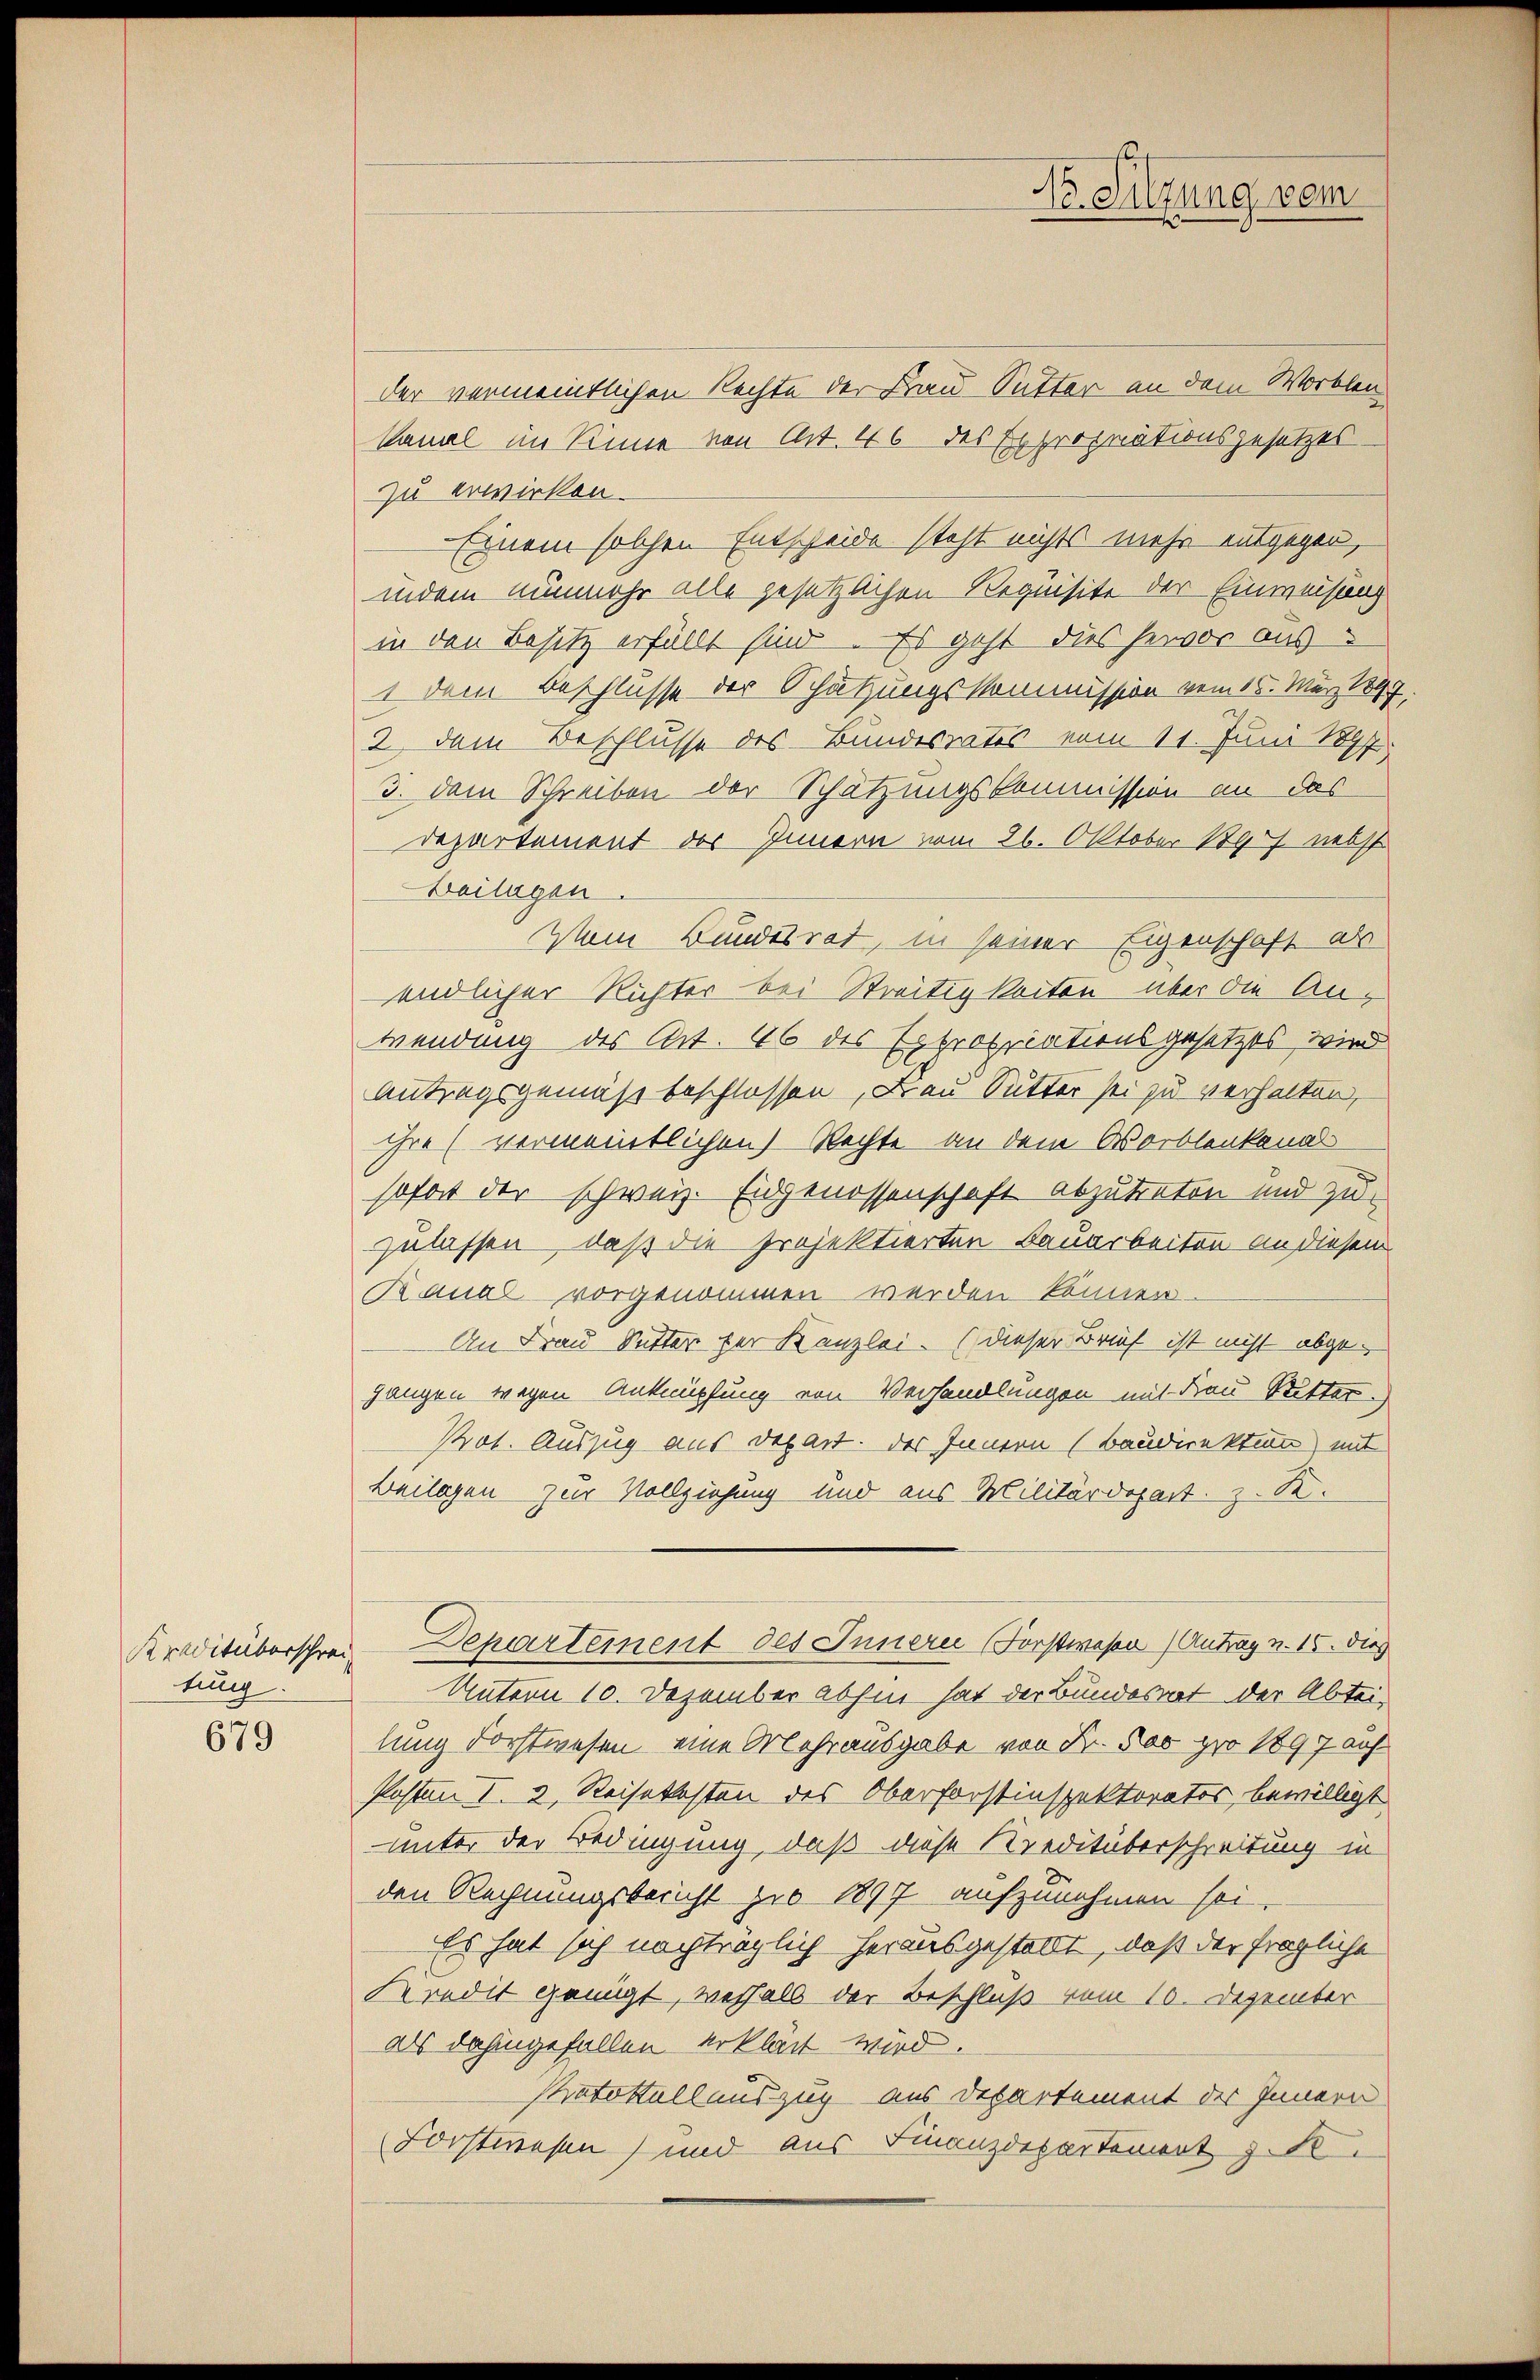
tung

679

der vermeintlichen Rechte der Frau Sutter an dem Worklen
kamel im Sinne von Art. 46 des Expropriationsgesetzes-
zu erwirken.
Einem solchen Entscheide steht nichts mehr entgegen,
indem nunmehr alle gesetzlichen Requisite der Einweisung
in den Besitz erfällt sind. Es geht dies hervor aus
1. Dem Beschlüsse der Schätzungskommission vom 15. März 189
2. dem Beschlusse des Bundesrates vom 11. Juni 1897
3. dem Schreiben der Schätzungskommission an das
Departement des Innern vom 26. Oktober 1897 nebst
Beilagen.
Vom Bundesrat, in seiner Eigenschaft als
endlicher Richter bei Streitigkeiten über die Anwendung des Art. 46 des Expropriationsgesetzes wird
Antragsgemäß beschlossen, Frau Sutter sei zu verhalten,
ihre (vermeintlichen Rechte an dem Worblenkanal
sofort der schweiz. Eidgenossenschaft abzutreten und zuzulassen, daß die projektierten Bauarbeiten an diesem
Raual vorgenommen werden können. —
An Frau Sutter der Kanzlei. (dieser Brief ist nicht abgeganzen wegen Anknüpfung von Verhandlungen mit Frau Ritter
Prot. Auszug aus Depart. Der Innern (Baudirektion mit
Beilagen zur Vollziehung und aus Militärdepart z. S.
Kreditüberschen Departement des Innern (Forstwesen Antrag v. 15. dies
Unterm 10. Dezember abhin hat der Bundesrat der Abtei-
lung Forstwesen, eine Mehrausgabe von Fr. 500 pro 1897 auf
Posten I. 2. Reisekosten des Oberforstinspektoratos, bewilligt.
unter der Bedingung, daß diese Kreditüberschreitung in
den Rechnungsbericht je 1897 aufzunehmen sei.
Es hat sich nachträglich herausgestellt, daß der fragliche
Kredit genügt, weshalb der Beschluß vom 10. Dezember
als dahingefallen erklärt wird.
stratottallauszug aus Departement des Innern
Forstwesen) und aus Finanzdepartement z. B.

Dr. Sitzung vom